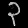
Digit: ၃